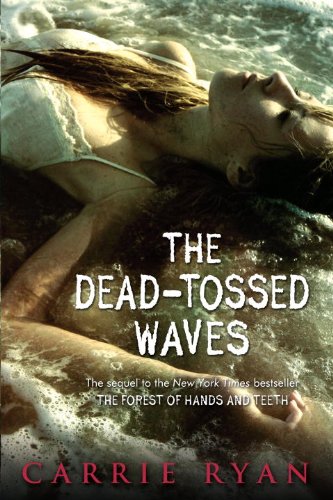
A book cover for The Dead-Tossed Waves (Forest of Hands and Teeth); Carrie Ryan; Teen & Young Adult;